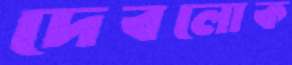
দেবলোক